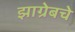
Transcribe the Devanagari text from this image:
झाग्रेबचे